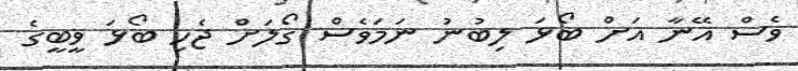
ވެސް އޭނާ އަށް ބޯޅަ ލިބުނު ނަމަވެސް ގޯލަށް ޖެހި ބޯޅަ ވީބީގެ